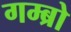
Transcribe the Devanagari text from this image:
गम्ब्रो